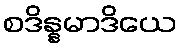
စဒိန္နမာဒိယေ